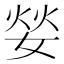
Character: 𮱌